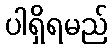
ပါရှိရမည်